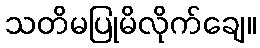
သတိမပြုမိလိုက်ချေ။